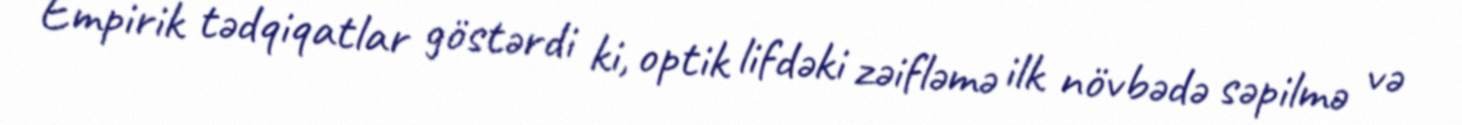
Empirik tədqiqatlar göstərdi ki, optik lifdəki zəifləmə ilk növbədə səpilmə və